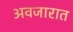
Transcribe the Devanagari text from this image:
अवजारात